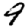
Digit: 4